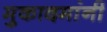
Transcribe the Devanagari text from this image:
मुकादमांनी